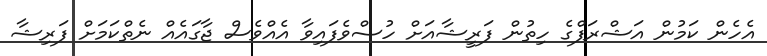
އެހެން ކަމުން އަޝްރަފްގެ ހިތުން ފަރީޝާއަށް ހުސްވެފައިވާ އެއްވެސް ޖާގައެއް ނެތްކަމަށް ފަރިޝާ